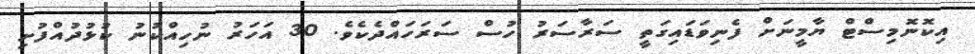
އިކޮނޮމިސްޓް ޔާމީނަށް ފެނިވަޑައިގަތީ ސަރާސަރު ހުސް ސަރަހައްދެކެވެ. 30 އަހަރު ނުހިއްކުނު ކުޅުދުއްފުށި